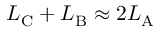
L _ { \mathrm { C } } + L _ { \mathrm { B } } \approx 2 L _ { \mathrm { A } }